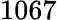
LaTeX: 1067